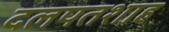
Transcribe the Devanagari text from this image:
दलपतशाह